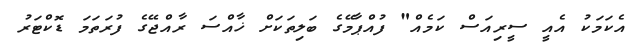
އެކަމަކު އެއީ ސީރިއަސް ކަމެއް" ފުއްޕާމޭގެ ބަލިތަކަށް ޚާއްސަ ރާއްޖޭގެ ފުރަތަމަ ޑޮކްޓަރު